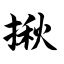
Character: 揪